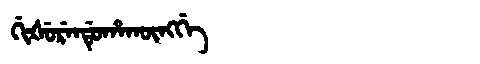
Manchu: ᡤᡳᡧᡠᡵᡝᠨᡩᡠᡥᠠᡴᡡᠩᡤᡝ
Romanization: GIŠURENDUHAKŪNGGE